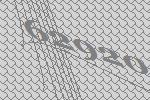
62920